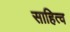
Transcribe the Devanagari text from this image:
साहित्व